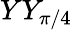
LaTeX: YY_{\pi/4}